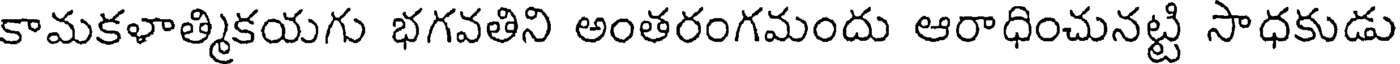
కామకళాత్మికయగు భగవతిని అంతరంగమందు ఆరాధించునట్టి సాధకుడు